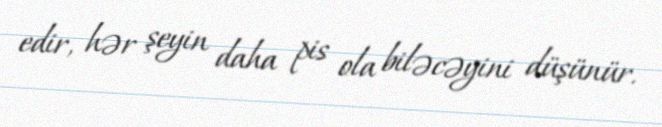
edir, hər şeyin daha pis ola biləcəyini düşünür.